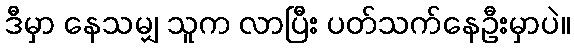
ဒီမှာ နေသမျှ သူက လာပြီး ပတ်သက်နေဦးမှာပဲ။